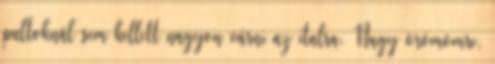
pultoknál sem kellett nagyon várni az italra. Nagy örömömre,